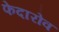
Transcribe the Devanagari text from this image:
फेदारोव